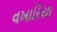
વખારિયા